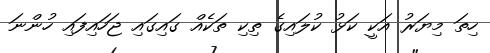
ހިތަ މިޔަރު އަކީ ކަޅު ކުލައިގެ ތިކި ތަކެއް ގައިގައި ޖަހައިފައި ހުންނަ